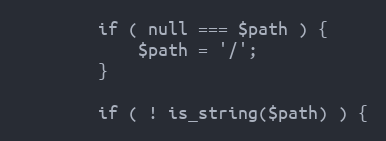
Language: PHP
        if ( null === $path ) {
            $path = '/';
        }

        if ( ! is_string($path) ) {